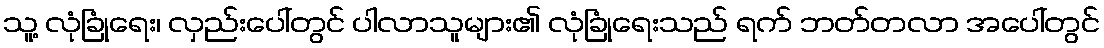
သူ့ လုံခြုံရေး၊ လှည်းပေါ်တွင် ပါလာသူများ၏ လုံခြုံရေးသည် ရက် ဘတ်တလာ အပေါ်တွင်